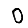
Digit: 0